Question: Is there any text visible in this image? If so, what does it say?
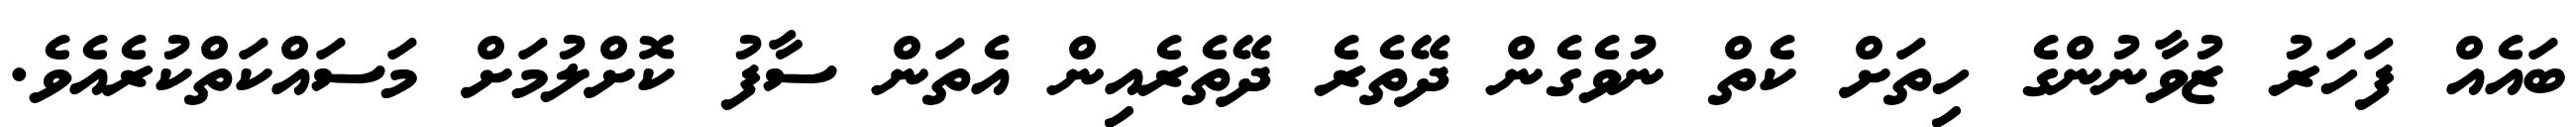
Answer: ބައެއް ފަހަރު ޒުވާނުންގެ ހިތަށް ކެތް ނުވެގެން ދޭތެރެ ދޭތެރެއިން އެތަން ސާފު ކޮށްލުމަށް މަސައްކަތްކުރެއެވެ.